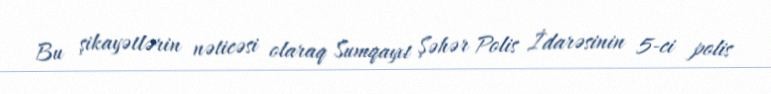
Bu şikayətlərin nəticəsi olaraq Sumqayıt Şəhər Polis İdarəsinin 5-ci polis